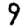
Digit: 9